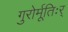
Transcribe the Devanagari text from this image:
गुरोर्मूतिःर्